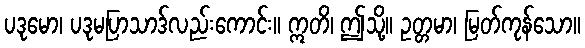
ပဒုမော၊ ပဒုမပြာသာဒ်လည်းကောင်း။ ဣတိ၊ ဤသို့။ ဥတ္တမာ၊ မြတ်ကုန်သော။